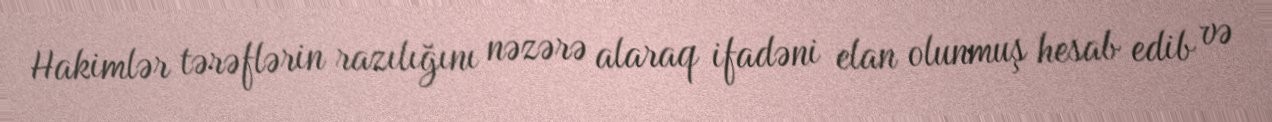
Hakimlər tərəflərin razılığını nəzərə alaraq ifadəni elan olunmuş hesab edib və